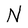
Character: N